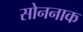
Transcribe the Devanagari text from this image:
सोननाक